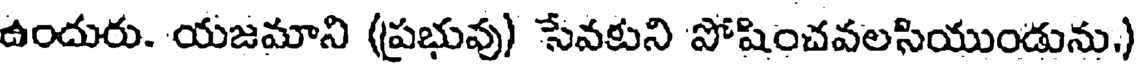
ఉందురు. యజమాని (ప్రభువు) సేవకుని పోషించవలసియుండును,)